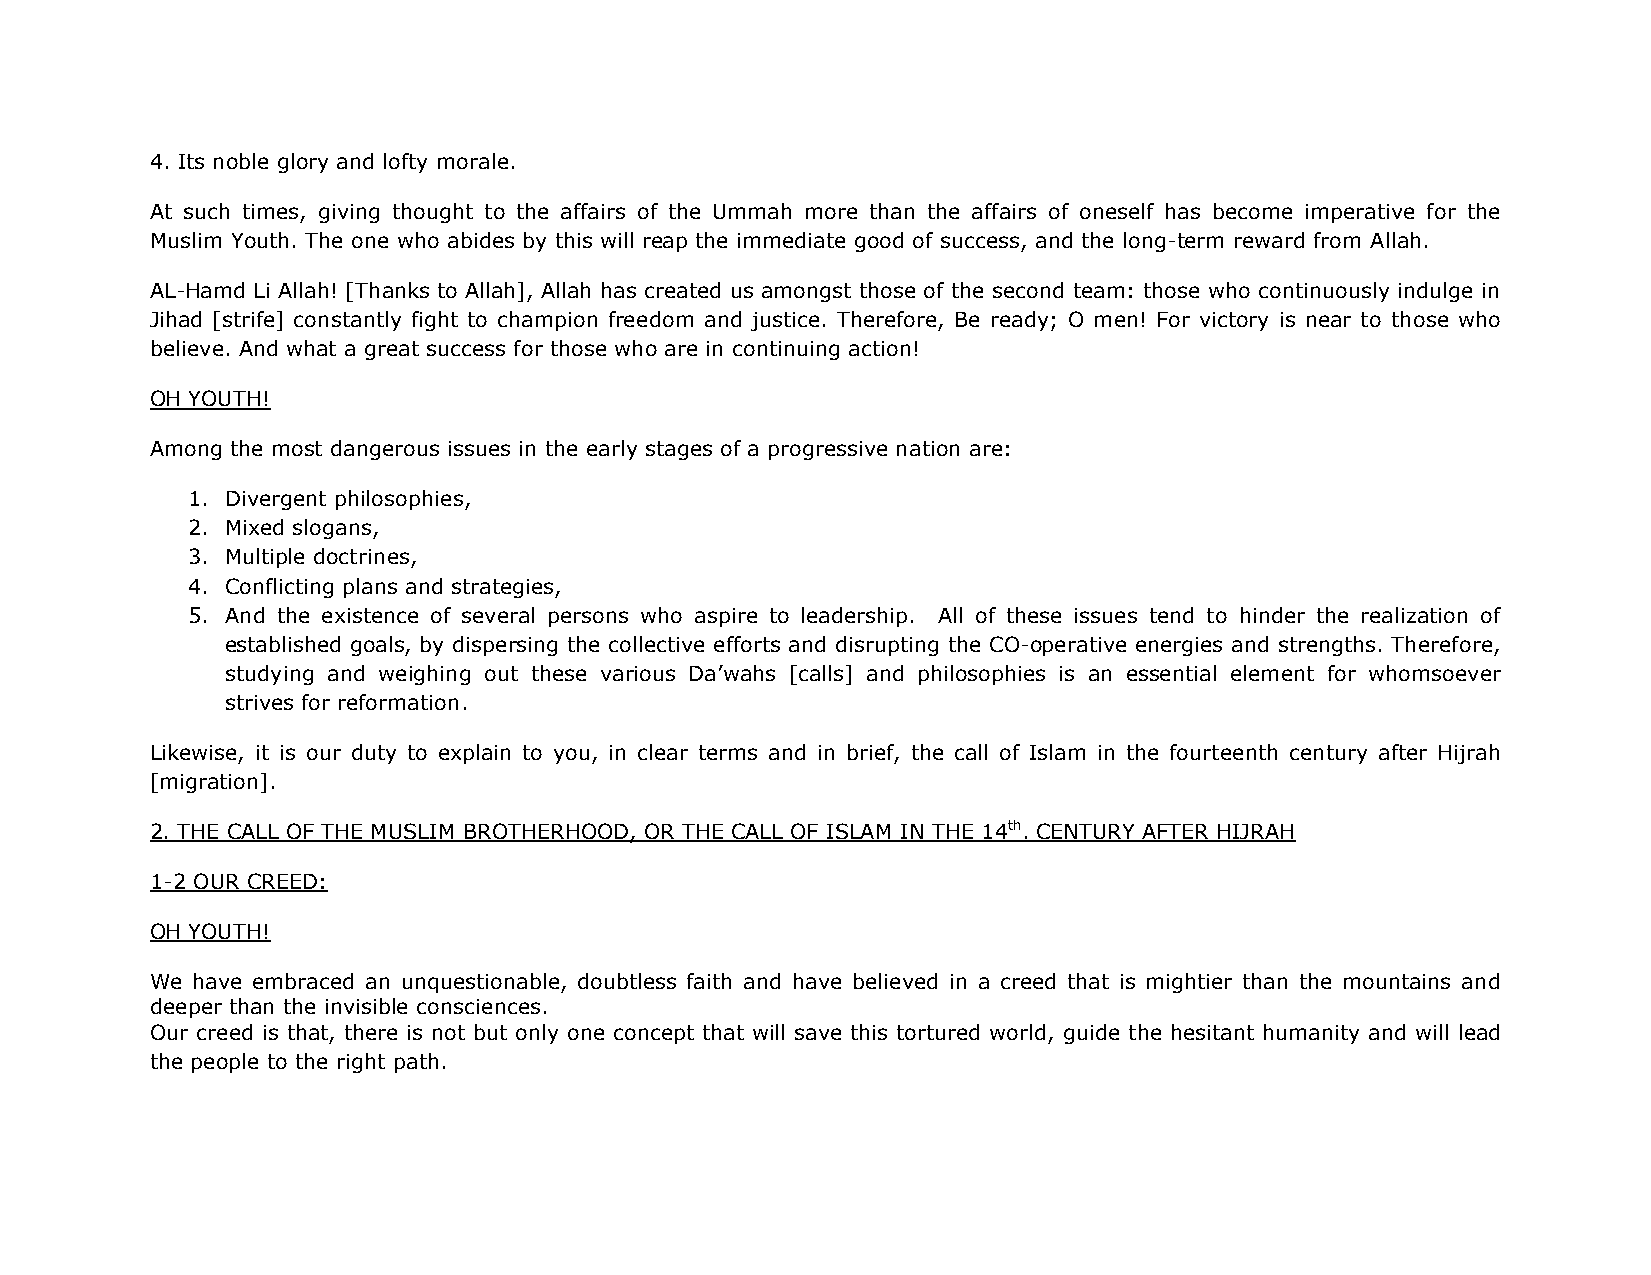
4. Its noble glory and lofty morale.
 At such times, giving thought to the affairs of the Ummah more than the affairs of oneself has become imperative for the
 Muslim Youth. The one who abides by this will reap the immediate good of success, and the long-term reward from Allah.
 AL-Hamd Li Allah! [Thanks to Allah], Allah has created us amongst those of the second team: those who continuously indulge in
 Jihad [strife] constantly fight to champion freedom and justice. Therefore, Be ready; O men! For victory is near to those who
 believe. And what a great success for those who are in continuing action!
 OH YOUTH!
 Among the most dangerous issues in the early stages of a progressive nation are:
 1. Divergent philosophies,
 2. Mixed slogans,
 3. Multiple doctrines,
 4. Conflicting plans and strategies,
 5. And the existence of several persons who aspire to leadership. All of these issues tend to hinder the realization of
 established goals, by dispersing the collective efforts and disrupting the CO-operative energies and strengths. Therefore,
 studying and weighing out these various Da’wahs [calls] and philosophies is an essential element for whomsoever
 strives for reformation.
 Likewise, it is our duty to explain to you, in clear terms and in brief, the call of Islam in the fourteenth century after Hijrah
 [migration].
 2. THE CALL OF THE MUSLIM BROTHERHOOD, OR THE CALL OF ISLAM IN THE 14th. CENTURY AFTER HIJRAH
 1-2 OUR CREED:
 OH YOUTH!
 We have embraced an unquestionable, doubtless faith and have believed in a creed that is mightier than the mountains and
 deeper than the invisible consciences.
 Our creed is that, there is not but only one concept that will save this tortured world, guide the hesitant humanity and will lead
 the people to the right path.